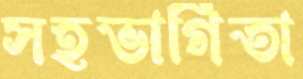
সহভাগিতা